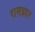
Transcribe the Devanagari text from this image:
रामप्रहर